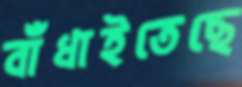
বাঁধাইতেছে